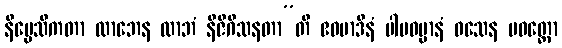
နိပ္ပေသိကတာ လာဘေန လာဘံ နိဇိဂီသနတာ”တိ ဧဝမာဒီနံ ပါပဓမ္မာနံ ဝသေန ပဝတ္တော